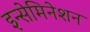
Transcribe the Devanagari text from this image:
इन्सेमिनेशन